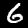
Label: 6